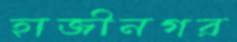
হাজীনগর